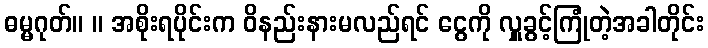
ဓမ္မဂုတ်။ ။ အစိုးရပိုင်းက ဝိနည်းနားမလည်ရင် ငွေကို လှူခွင့်ကြုံတဲ့အခါတိုင်း